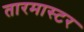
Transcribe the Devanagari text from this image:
तारमास्टर